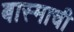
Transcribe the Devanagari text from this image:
बास्माची